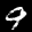
Label: 9